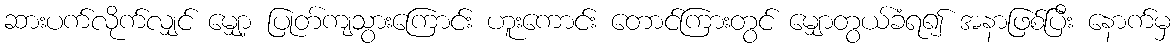
ဆားပက်လိုက်လျှင် မျှော့ ပြုတ်ကျသွားကြောင်း ဟူးကောင်း တောင်ကြားတွင် မျှောတွယ်ခံရ၍ အနာဖြစ်ပြီး နောက်မှ